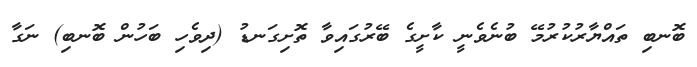
ބޮނބި ތައްޔާރުކުރުމޭ ބުނެވެނީ ކާށީގެ ބޭރުގައިވާ ތޮށިގަނޑު (ދިވެހި ބަހުން ބޮނބި) ނަގާ